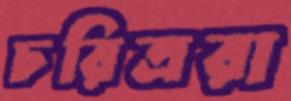
চরিত্ররা